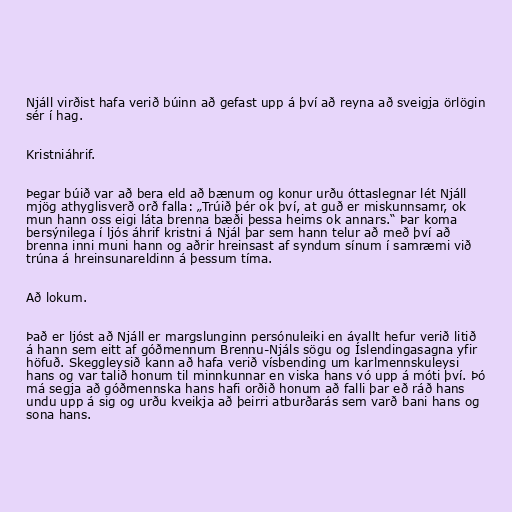
Njáll virðist hafa verið búinn að gefast upp á því að reyna að sveigja örlögin
sér í hag.

Kristniáhrif.

Þegar búið var að bera eld að bænum og konur urðu óttaslegnar lét Njáll
mjög athyglisverð orð falla: „Trúið þér ok því, at guð er miskunnsamr, ok
mun hann oss eigi láta brenna bæði þessa heims ok annars.“ Þar koma
bersýnilega í ljós áhrif kristni á Njál þar sem hann telur að með því að
brenna inni muni hann og aðrir hreinsast af syndum sínum í samræmi við
trúna á hreinsunareldinn á þessum tíma.

Að lokum.

Það er ljóst að Njáll er margslunginn persónuleiki en ávallt hefur verið litið
á hann sem eitt af góðmennum Brennu-Njáls sögu og Íslendingasagna yfir
höfuð. Skeggleysið kann að hafa verið vísbending um karlmennskuleysi
hans og var talið honum til minnkunnar en viska hans vó upp á móti því. Þó
má segja að góðmennska hans hafi orðið honum að falli þar eð ráð hans
undu upp á sig og urðu kveikja að þeirri atburðarás sem varð bani hans og
sona hans.